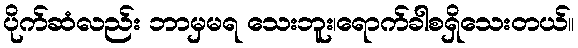
ပိုက်ဆံလည်း ဘာမှမရ သေးဘူး၊ရောက်ခါစရှိသေးတယ်။